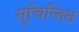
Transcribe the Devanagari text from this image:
सुचिन्तित